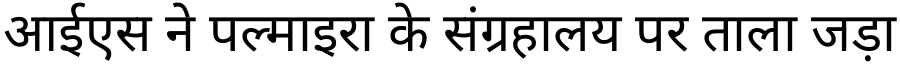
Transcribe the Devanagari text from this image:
आईएस ने पल्माइरा के संग्रहालय पर ताला जड़ा